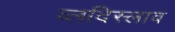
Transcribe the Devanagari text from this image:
व्लदिस्लाव